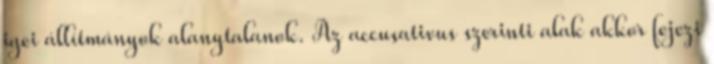
igei állítmányok alanytalanok. Az accusativus szerinti alak akkor fejezi